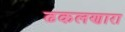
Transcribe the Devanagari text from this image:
ढकलणारा